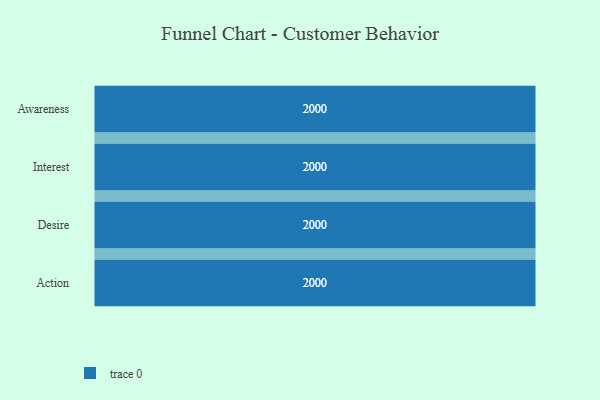
{"axis": {"x": "Stage", "y": "Value"}, "legend": [""], "data": [{"x": "Awareness", "y": 2000, "type": ""}, {"x": "Interest", "y": 2000, "type": ""}, {"x": "Desire", "y": 2000, "type": ""}, {"x": "Action", "y": 2000, "type": ""}]}